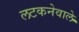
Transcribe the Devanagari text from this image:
लटकनेवाले